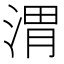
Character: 渭